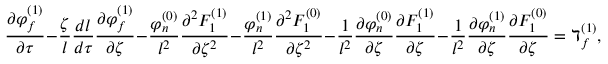
\frac { \partial \varphi _ { f } ^ { ( 1 ) } } { \partial \tau } - \frac { \zeta } { l } \frac { d l } { d \tau } \frac { \partial \varphi _ { f } ^ { ( 1 ) } } { \partial \zeta } - \frac { \varphi _ { n } ^ { ( 0 ) } } { l ^ { 2 } } \frac { \partial ^ { 2 } F _ { 1 } ^ { ( 1 ) } } { \partial \zeta ^ { 2 } } - \frac { \varphi _ { n } ^ { ( 1 ) } } { l ^ { 2 } } \frac { \partial ^ { 2 } F _ { 1 } ^ { ( 0 ) } } { \partial \zeta ^ { 2 } } - \frac { 1 } { l ^ { 2 } } \frac { \partial \varphi _ { n } ^ { ( 0 ) } } { \partial \zeta } \frac { \partial F _ { 1 } ^ { ( 1 ) } } { \partial \zeta } - \frac { 1 } { l ^ { 2 } } \frac { \partial \varphi _ { n } ^ { ( 1 ) } } { \partial \zeta } \frac { \partial F _ { 1 } ^ { ( 0 ) } } { \partial \zeta } = \daleth _ { f } ^ { ( 1 ) } ,